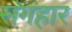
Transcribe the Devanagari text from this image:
संगहार